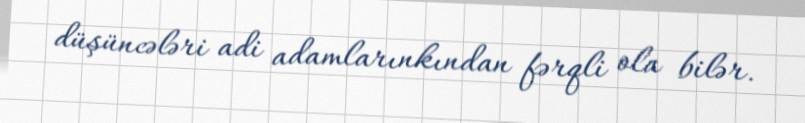
düşüncələri adi adamlarınkından fərqli ola bilər.